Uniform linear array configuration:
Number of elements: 64
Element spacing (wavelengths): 0.75
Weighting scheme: exponential
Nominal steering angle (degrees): -15
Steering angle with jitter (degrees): -14.664
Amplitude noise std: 0.05
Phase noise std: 0.05

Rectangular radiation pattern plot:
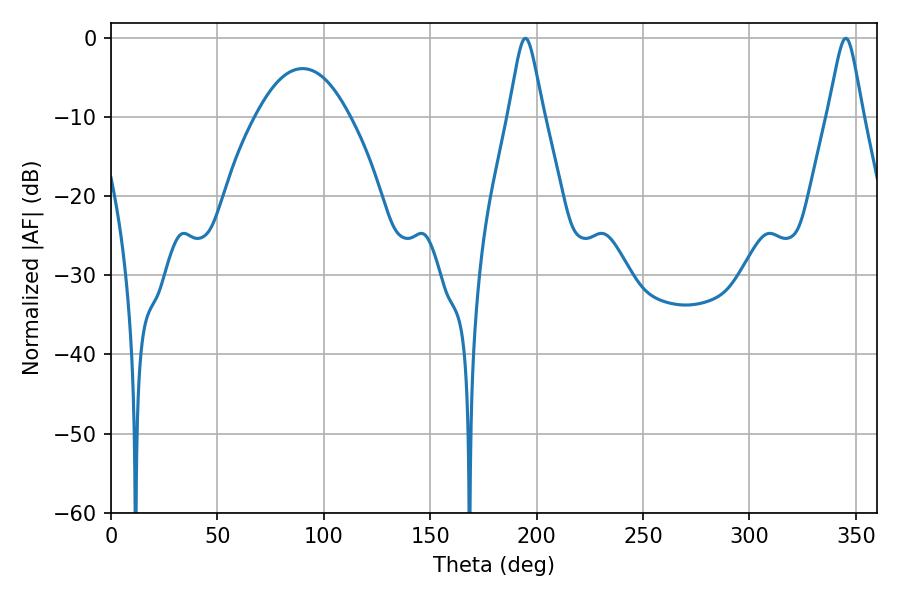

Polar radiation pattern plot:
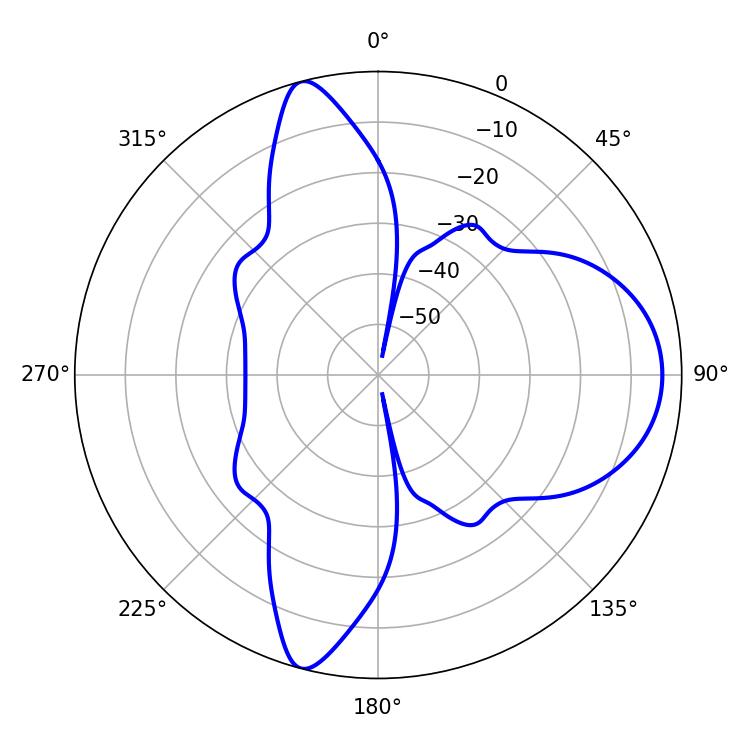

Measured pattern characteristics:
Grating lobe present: TRUE
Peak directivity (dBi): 11.26
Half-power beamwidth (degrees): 7.92
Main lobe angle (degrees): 194.76